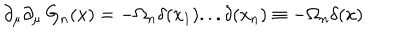
LaTeX: \partial _ { \mu } \partial _ { \mu } \, G _ { n } ( x ) = - \Omega _ { n } \delta ( x _ { 1 } ) . . . \delta ( x _ { n } ) \equiv - \Omega _ { n } \delta ( x )